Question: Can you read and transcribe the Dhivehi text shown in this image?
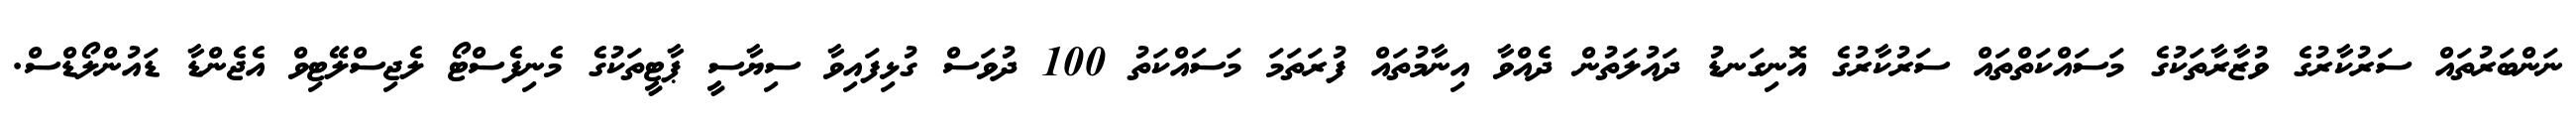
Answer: ނަންބަރުތައް ސަރުކާރުގެ ވުޒާރާތަކުގެ މަސައްކަތްތައް ސަރުކާރުގެ އޮނިގަނޑު ދައުލަތުން ދެއްވާ އިނާމުތައް ފުރަތަމަ މަސައްކަތު 100 ދުވަސް ގުޅިފައިވާ ސިޔާސީ ޕާޓީތަކުގެ މެނިފެސްޓޯ ލެޖިސްލޭޓިވް އެޖެންޑާ ޑައުންލޯޑްސް.